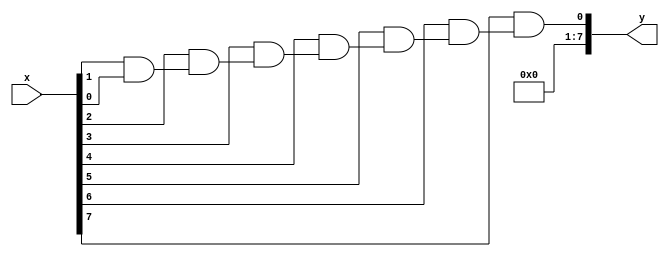
`timescale 1ns / 1ps
//////////////////////////////////////////////////////////////////////////////////
// Company: 
// Engineer: 
// 
// Design Name: 
// Module Name: kaskada_bramek_and
// Project Name: 
// Target Devices: 
// Tool Versions: 
// Description: 
// 
// Dependencies: 
// 
// Revision:
// Revision 0.01 - File Created
// Additional Comments:
// 
//////////////////////////////////////////////////////////////////////////////////


module kaskada_bramek_and #
(
    parameter LENGTH = 8
)
(
    input [LENGTH-1:0] x,
    output [7:0] y
);
wire [LENGTH:0]chain;
assign chain[0]=1'b1;

genvar i;
generate
    for (i=0; i<LENGTH; i=i+1)
    begin
    assign chain[i+1] = x[i] & chain[i];
    end
endgenerate
assign y=chain[LENGTH];
endmodule